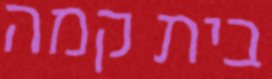
בית קמה